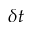
\delta t